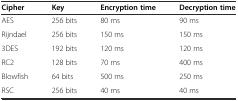
<table><thead><tr><td><b>Cipher</b></td><td><b>Key</b></td><td><b>Encryption time</b></td><td><b>Decryption time</b></td></tr></thead><tbody><tr><td>AES</td><td>256 bits</td><td>80 ms</td><td>90 ms</td></tr><tr><td>Rijndael</td><td>256 bits</td><td>150 ms</td><td>150 ms</td></tr><tr><td>3DES</td><td>192 bits</td><td>120 ms</td><td>120 ms</td></tr><tr><td>RC2</td><td>128 bits</td><td>70 ms</td><td>400 ms</td></tr><tr><td>Blowfish</td><td>64 bits</td><td>500 ms</td><td>250 ms</td></tr><tr><td>RSC</td><td>256 bits</td><td>40 ms</td><td>40 ms</td></tr></tbody></table>